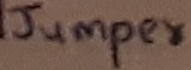
Text: Jumper